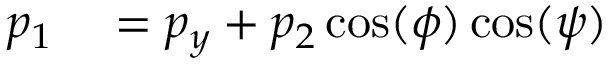
\begin{array} { r l r } { p _ { 1 } } & { { } = p _ { y } + p _ { 2 } \cos ( \phi ) \cos ( \psi ) } & { } \end{array}